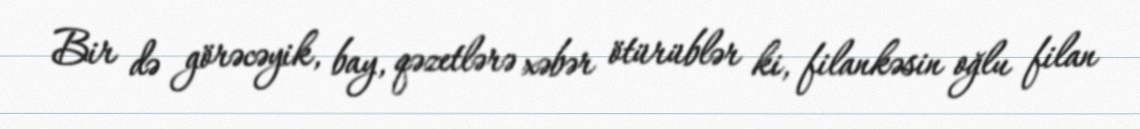
Bir də görəcəyik, bay, qəzetlərə xəbər ötürüblər ki, filankəsin oğlu filan